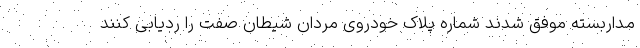
مداربسته موفق شدند شماره پلاک خودروی مردان شیطان صفت را ردیابی کنند